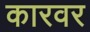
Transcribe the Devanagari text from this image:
कारवर